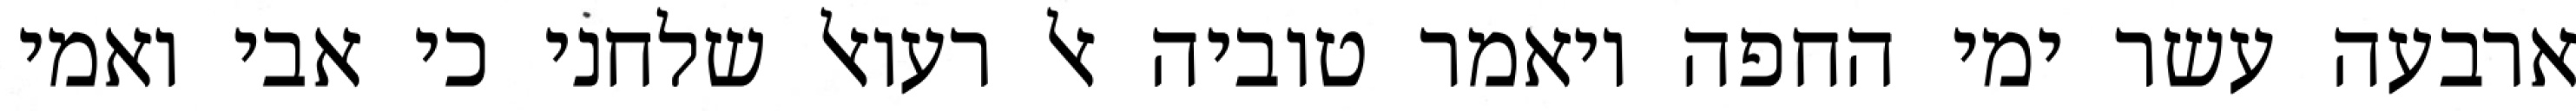
ארבעה עשר ימי החפה ויאמר טוביה אל רעואל שלחני כי אבי ואמי